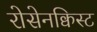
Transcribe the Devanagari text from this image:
रोसेनक्विस्ट